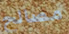
مصالح